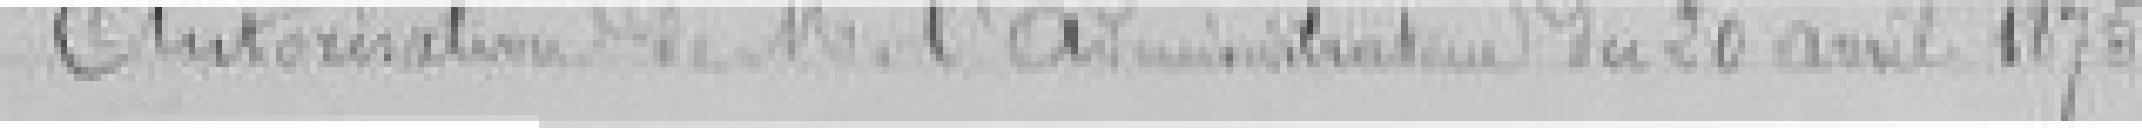
Autorisation de Monsieur l'Administrateur du 20 avril 1878